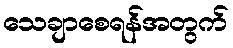
သေချာစေရန်အတွက်